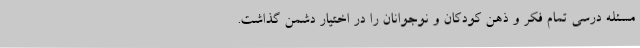
مسئله درسی تمام فکر و ذهن کودکان و نوجوانان را در اختیار دشمن گذاشت.